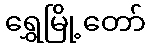
ရွှေမြို့တော်